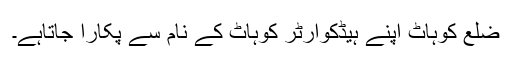
ضلع کوہاٹ اپنے ہيڈکوارٹر کوہاٹ کے نام سے پکارا جاتاہے۔